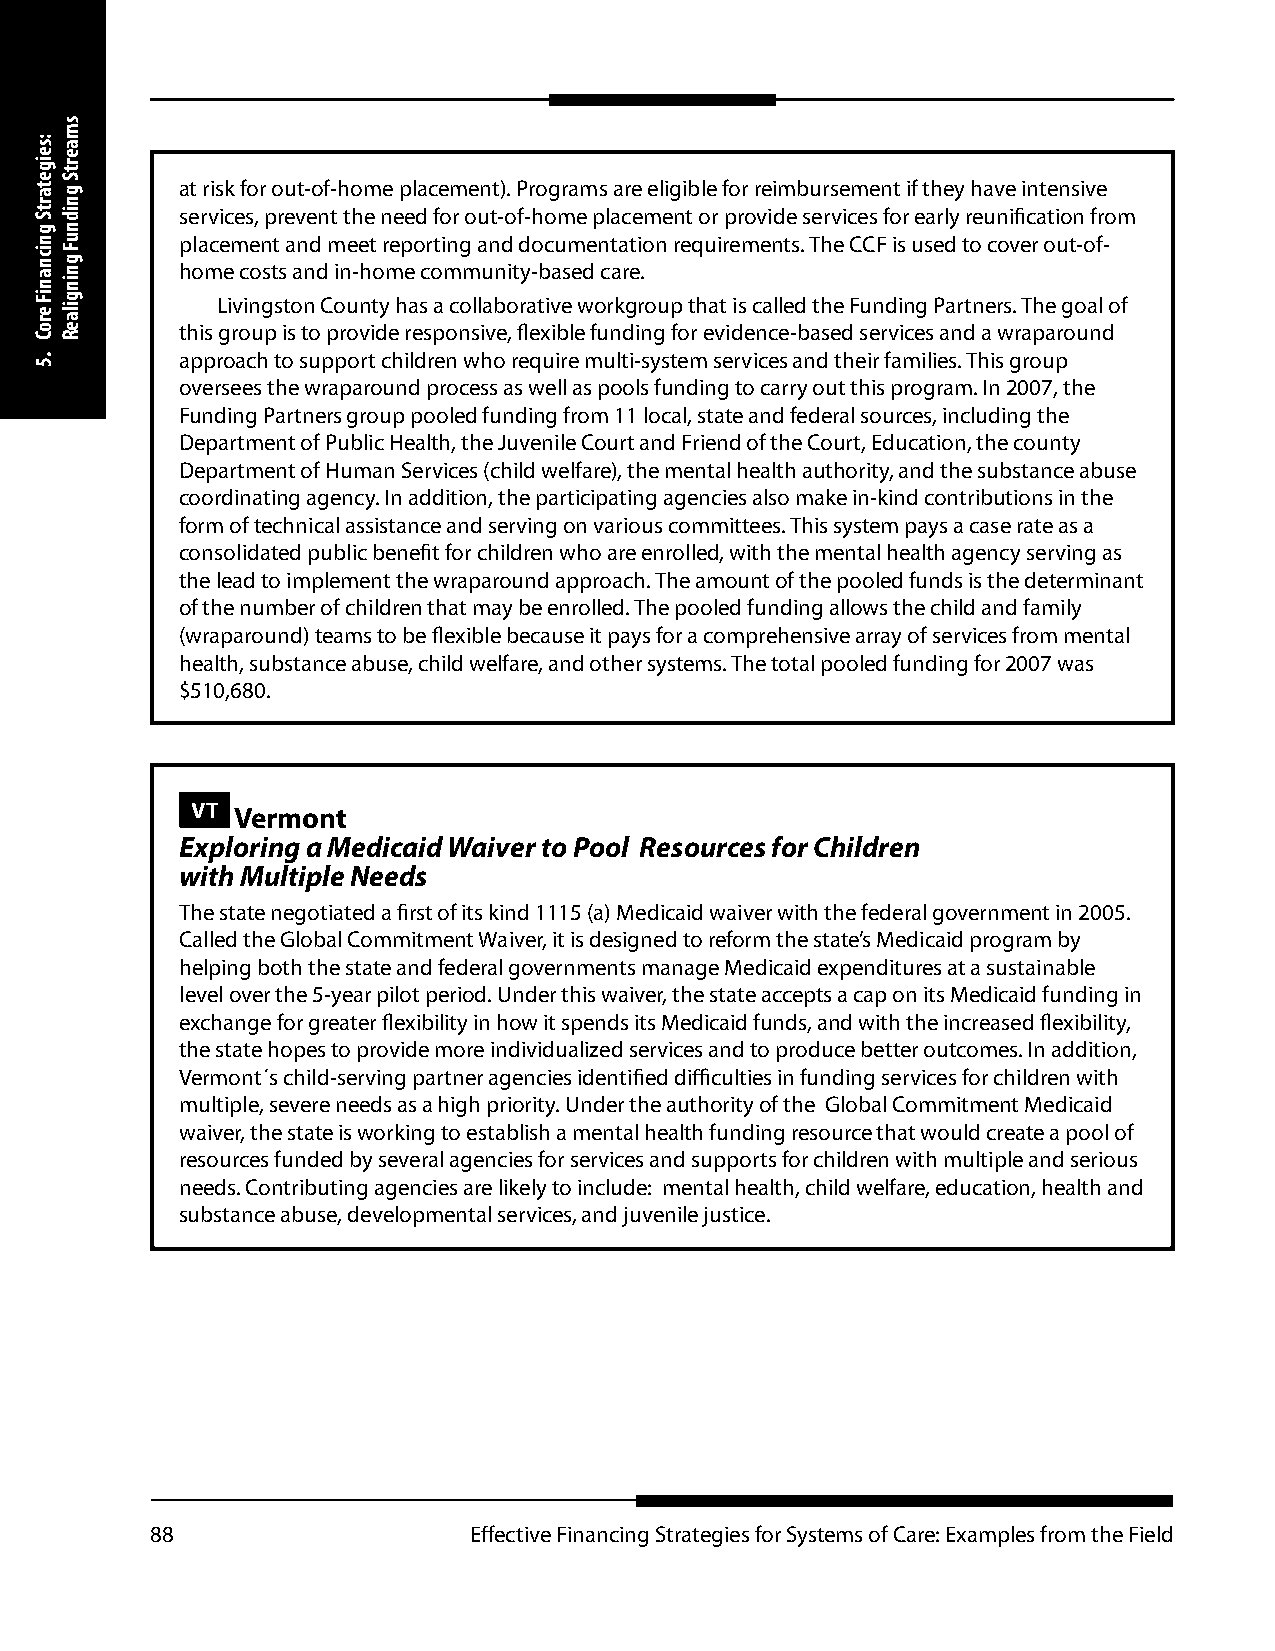
at risk for out-of-home placement). Programs are eligible for reimbursement if they have intensive
 services, prevent the need for out-of-home placement or provide services for early reunification from
 placement and meet reporting and documentation requirements. The CCF is used to cover out-of-
 home costs and in-home community-based care.
 Livingston County has a collaborative workgroup that is called the Funding Partners. The goal of
 this group is to provide responsive, flexible funding for evidence-based services and a wraparound
 approach to support children who require multi-system services and their families. This group
 oversees the wraparound process as well as pools funding to carry out this program. In 2007, the
 Funding Partners group pooled funding from 11 local, state and federal sources, including the
 Department of Public Health, the Juvenile Court and Friend of the Court, Education, the county
 Department of Human Services (child welfare), the mental health authority, and the substance abuse
 coordinating agency. In addition, the participating agencies also make in-kind contributions in the
 form of technical assistance and serving on various committees. This system pays a case rate as a
 consolidated public benefit for children who are enrolled, with the mental health agency serving as
 the lead to implement the wraparound approach. The amount of the pooled funds is the determinant
 of the number of children that may be enrolled. The pooled funding allows the child and family
 (wraparound) teams to be flexible because it pays for a comprehensive array of services from mental
 health, substance abuse, child welfare, and other systems. The total pooled funding for 2007 was
 $510,680.
 VT Vermont
 Exploring a Medicaid Waiver to Pool Resources for Children
 with Multiple Needs
 The state negotiated a first of its kind 1115 (a) Medicaid waiver with the federal government in 2005.
 Called the Global Commitment Waiver, it is designed to reform the state’s Medicaid program by
 helping both the state and federal governments manage Medicaid expenditures at a sustainable
 level over the 5-year pilot period. Under this waiver, the state accepts a cap on its Medicaid funding in
 exchange for greater flexibility in how it spends its Medicaid funds, and with the increased flexibility,
 the state hopes to provide more individualized services and to produce better outcomes. In addition,
 Vermont´s child-serving partner agencies identified difficulties in funding services for children with
 multiple, severe needs as a high priority. Under the authority of the Global Commitment Medicaid
 waiver, the state is working to establish a mental health funding resource that would create a pool of
 resources funded by several agencies for services and supports for children with multiple and serious
 needs. Contributing agencies are likely to include: mental health, child welfare, education, health and
 substance abuse, developmental services, and juvenile justice.
 88                   Effective Financing Strategies for Systems of Care: Examples from the Field
 :seigetartS
 gnicnaniF
 eroC
 .5
 smaertS
 gnidnuF
 gningilaeR